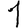
Digit: 1